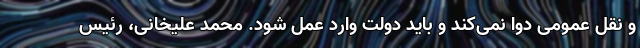
و نقل عمومی دوا نمی‌کند و باید دولت وارد عمل شود. محمد علیخانی، رئیس